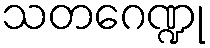
သတဂေဏ္ဍု